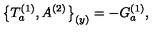
\bigl \{ T _ { a } ^ { ( 1 ) } , A ^ { ( 2 ) } \bigr \} _ { ( y ) } = - G _ { a } ^ { ( 1 ) } ,